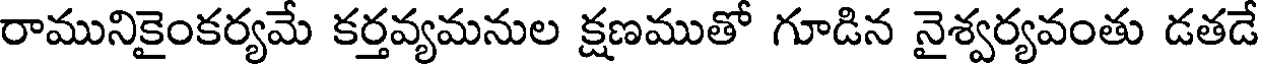
రామునికైంకర్యమే కర్తవ్యమనుల క్షణముతో గూడిన నైశ్వర్యవంతు డతడే